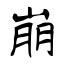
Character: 崩